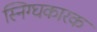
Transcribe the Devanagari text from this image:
स्निग्घकारक